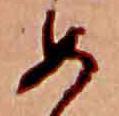
め